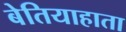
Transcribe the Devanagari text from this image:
बेतियाहाता